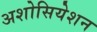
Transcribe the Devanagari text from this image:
अशोसियेशन